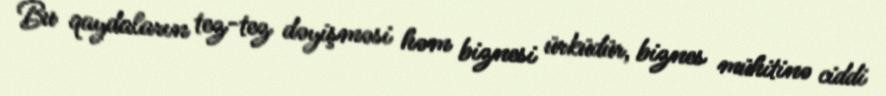
Bu qaydaların tez-tez dəyişməsi həm biznesi ürküdür, biznes mühitinə ciddi